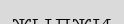
жылжи